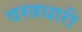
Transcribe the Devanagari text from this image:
वस्‍त्रधारी